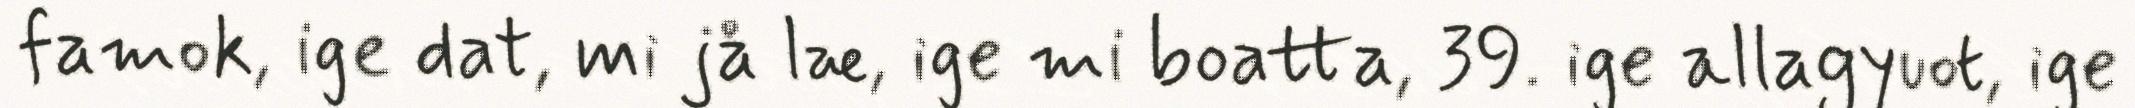
famok, ige dat, mi jå læ, ige mi boatta, 39. ige allagyuot, ige